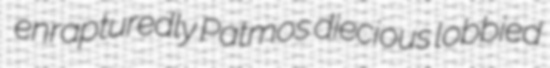
enrapturedly Patmos diecious lobbied